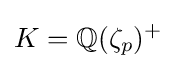
K=\mathbb {Q} (\zeta _{p})^{+}